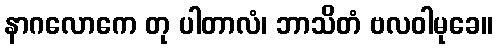
နာဂလောကေ တု ပါတာလံ၊ ဘာသိတံ ဗလဝါမုခေ။